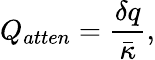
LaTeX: Q_{atten}=\frac{\delta q}{\bar{\kappa}},